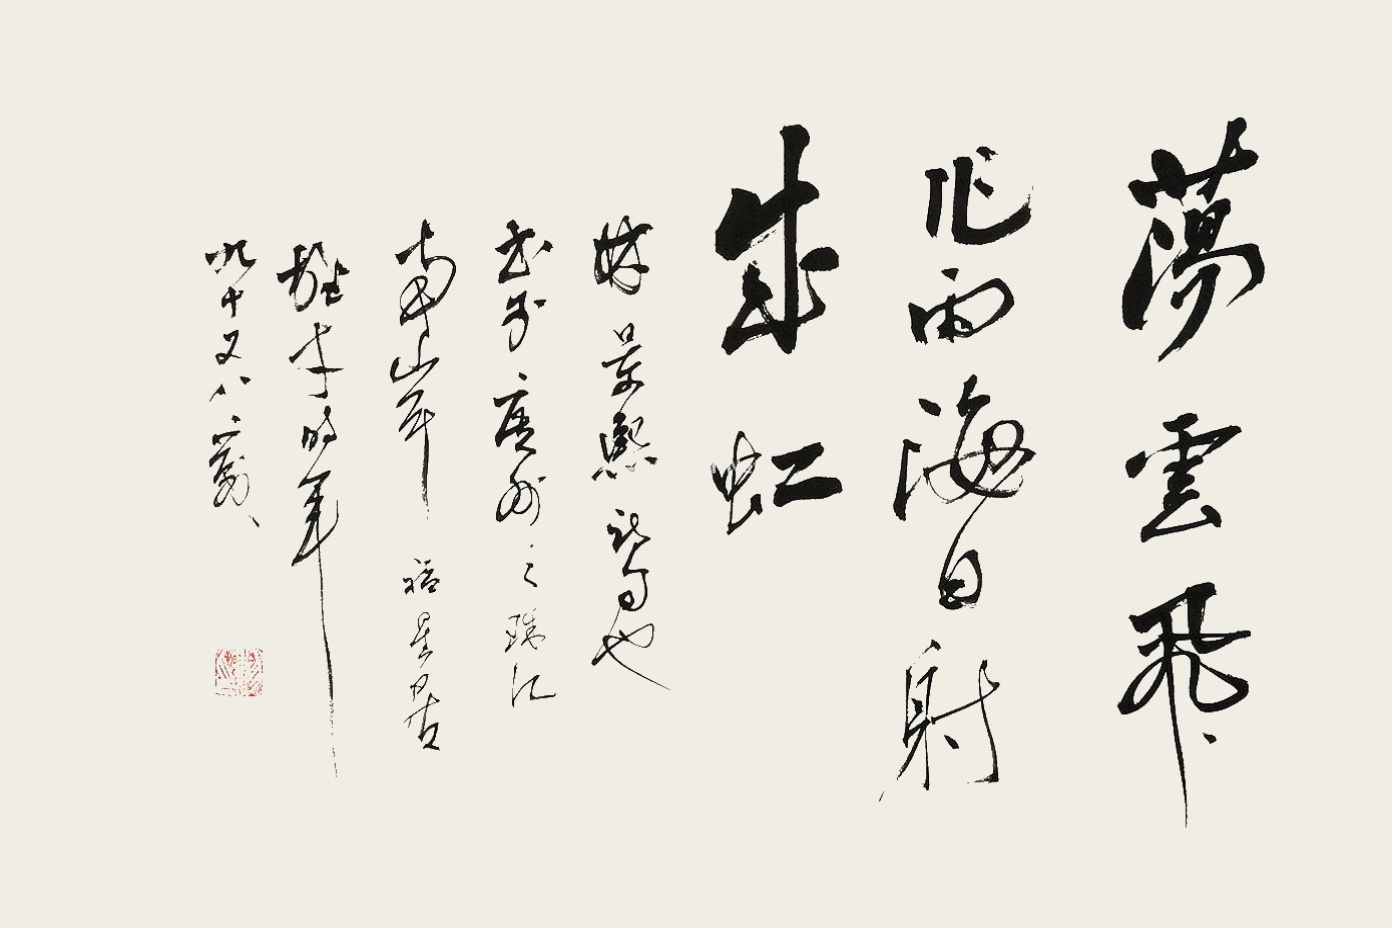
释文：荡云飞作雨，海日射出虹。林景熙诗句也。书于广州之珠江南岸福星居，雄才时年九十又八岁。